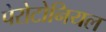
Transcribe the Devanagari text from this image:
पेरोटोनियल